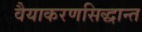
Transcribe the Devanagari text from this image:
वैयाकरणसिद्धान्त